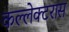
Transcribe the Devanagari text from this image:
कल्लेक्टरास